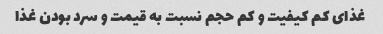
غذای کم کیفیت و کم حجم نسبت به قیمت و سرد بودن غذا